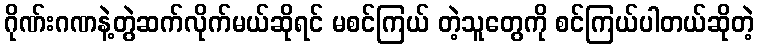
ဂိုဏ်းဂဏနဲ့တွဲဆက်လိုက်မယ်ဆိုရင် မစင်ကြယ် တဲ့သူတွေကို စင်ကြယ်ပါတယ်ဆိုတဲ့